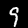
Label: 9